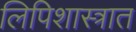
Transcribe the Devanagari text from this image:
लिपिशास्त्रात